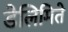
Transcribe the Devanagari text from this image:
डेलिमिते